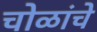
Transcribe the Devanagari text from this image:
चोळांचे